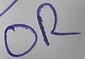
Text: OR